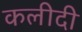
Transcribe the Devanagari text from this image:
कलीदी